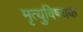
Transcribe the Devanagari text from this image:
मृत्युविषयक